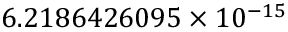
6 . 2 1 8 6 4 2 6 0 9 5 \times 1 0 ^ { - 1 5 }